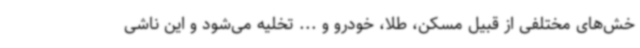
خش‌های مختلفی از قبیل مسکن، طلا، خودرو و ... تخلیه می‌شود و این ناشی